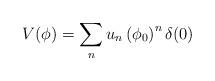
LaTeX: \begin{align*}V(\phi )=\sum_{n}u_{n}\left( \phi _{0}\right) ^{n}\delta (0) \end{align*}